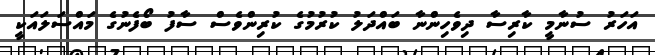
އަހަރު ސުނާމީ ކާރިސާ ދިވެހިންނާ ބައްދަލު ކުރުމުގެ ކުރިންވެސް ސާފު ބޯފެނުގެ މައްސަލައަކީ